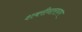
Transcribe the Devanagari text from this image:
शबरीनारायण